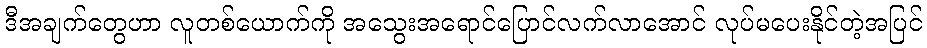
ဒီအချက်တွေဟာ လူတစ်ယောက်ကို အသွေးအရောင်ပြောင်လက်လာအောင် လုပ်မပေးနိုင်တဲ့အပြင်